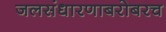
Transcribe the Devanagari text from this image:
जलसंधारणाबरोबरच